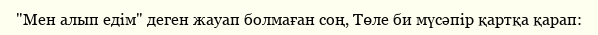
"Мен алып едім" деген жауап болмаған соң, Төле би мүсәпір қартқа қарап: